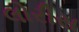
લોરીસ